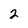
Character: 2